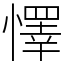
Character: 懌